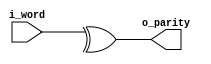
`default_nettype none

module parity_check(output wire o_parity, input wire [7:0] i_word);
	assign o_parity = ^ i_word;
endmodule